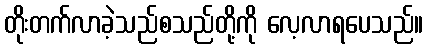
တိုးတက်လာခဲ့သည်စသည်တို့ကို လေ့လာရပေသည်။